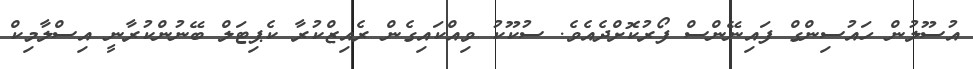
އުސޫލުން ހައުސިންގް ފައިނޭންސް ފޯރުކޮށްދެއެވެ. ސުކޫކު ވިއްކައިގެން ރެއިޒްކުރާ ކެޕިޓަލް ބޭނުންކުރާނީ އިސްލާމިކް